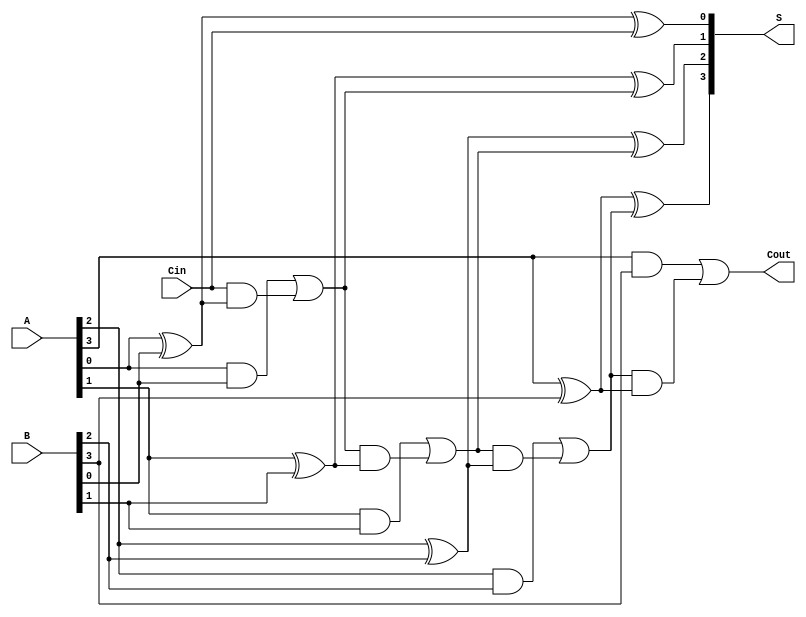
module parallel_full_adder #(parameter n = 4) (
    input  [n-1:0] A,      // First n-bit binary number
    input  [n-1:0] B,      // Second n-bit binary number
    input          Cin,     // Carry-in for the least significant bit
    output [n-1:0] S,      // n-bit sum output
    output         Cout     // Carry-out for the most significant bit
);

    wire [n:0] carry; // Intermediate carry signals

    // Assign the first carry input
    assign carry[0] = Cin;

    // Generate n Full Adders
    genvar i;
    generate
        for (i = 0; i < n; i = i + 1) begin : full_adder
            // Sum output for each bit
            assign S[i] = A[i] ^ B[i] ^ carry[i];
            // Carry output for each bit
            assign carry[i + 1] = (A[i] & B[i]) | (carry[i] & (A[i] ^ B[i]));
        end
    endgenerate

    // Assign the final carry-out
    assign Cout = carry[n];

endmodule